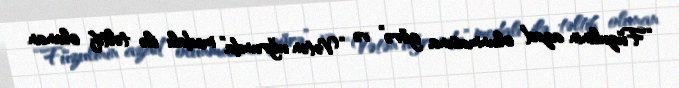
“Füzulinin azad olunmasına görə” və “Vətən uğrunda” medalı ilə təltif olunan